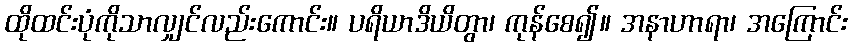
ထိုထင်းပုံကိုသာလျှင်လည်းကောင်း။ ပရိယာဒိယိတွာ၊ ကုန်စေ၍။ အနာဟာရာ၊ အကြောင်း